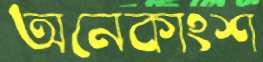
অনেকাংশ